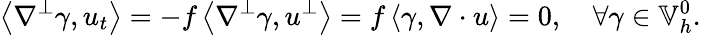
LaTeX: \left\langle\nabla^{\perp}\gamma,u_{t}\right\rangle=-f\left\langle\nabla^{\perp}\gamma,u^{\perp}\right\rangle=f\left\langle\gamma,\nabla\cdot u\right\rangle=0,\quad\forall\gamma\in\mathbb{V}_{h}^{0}.